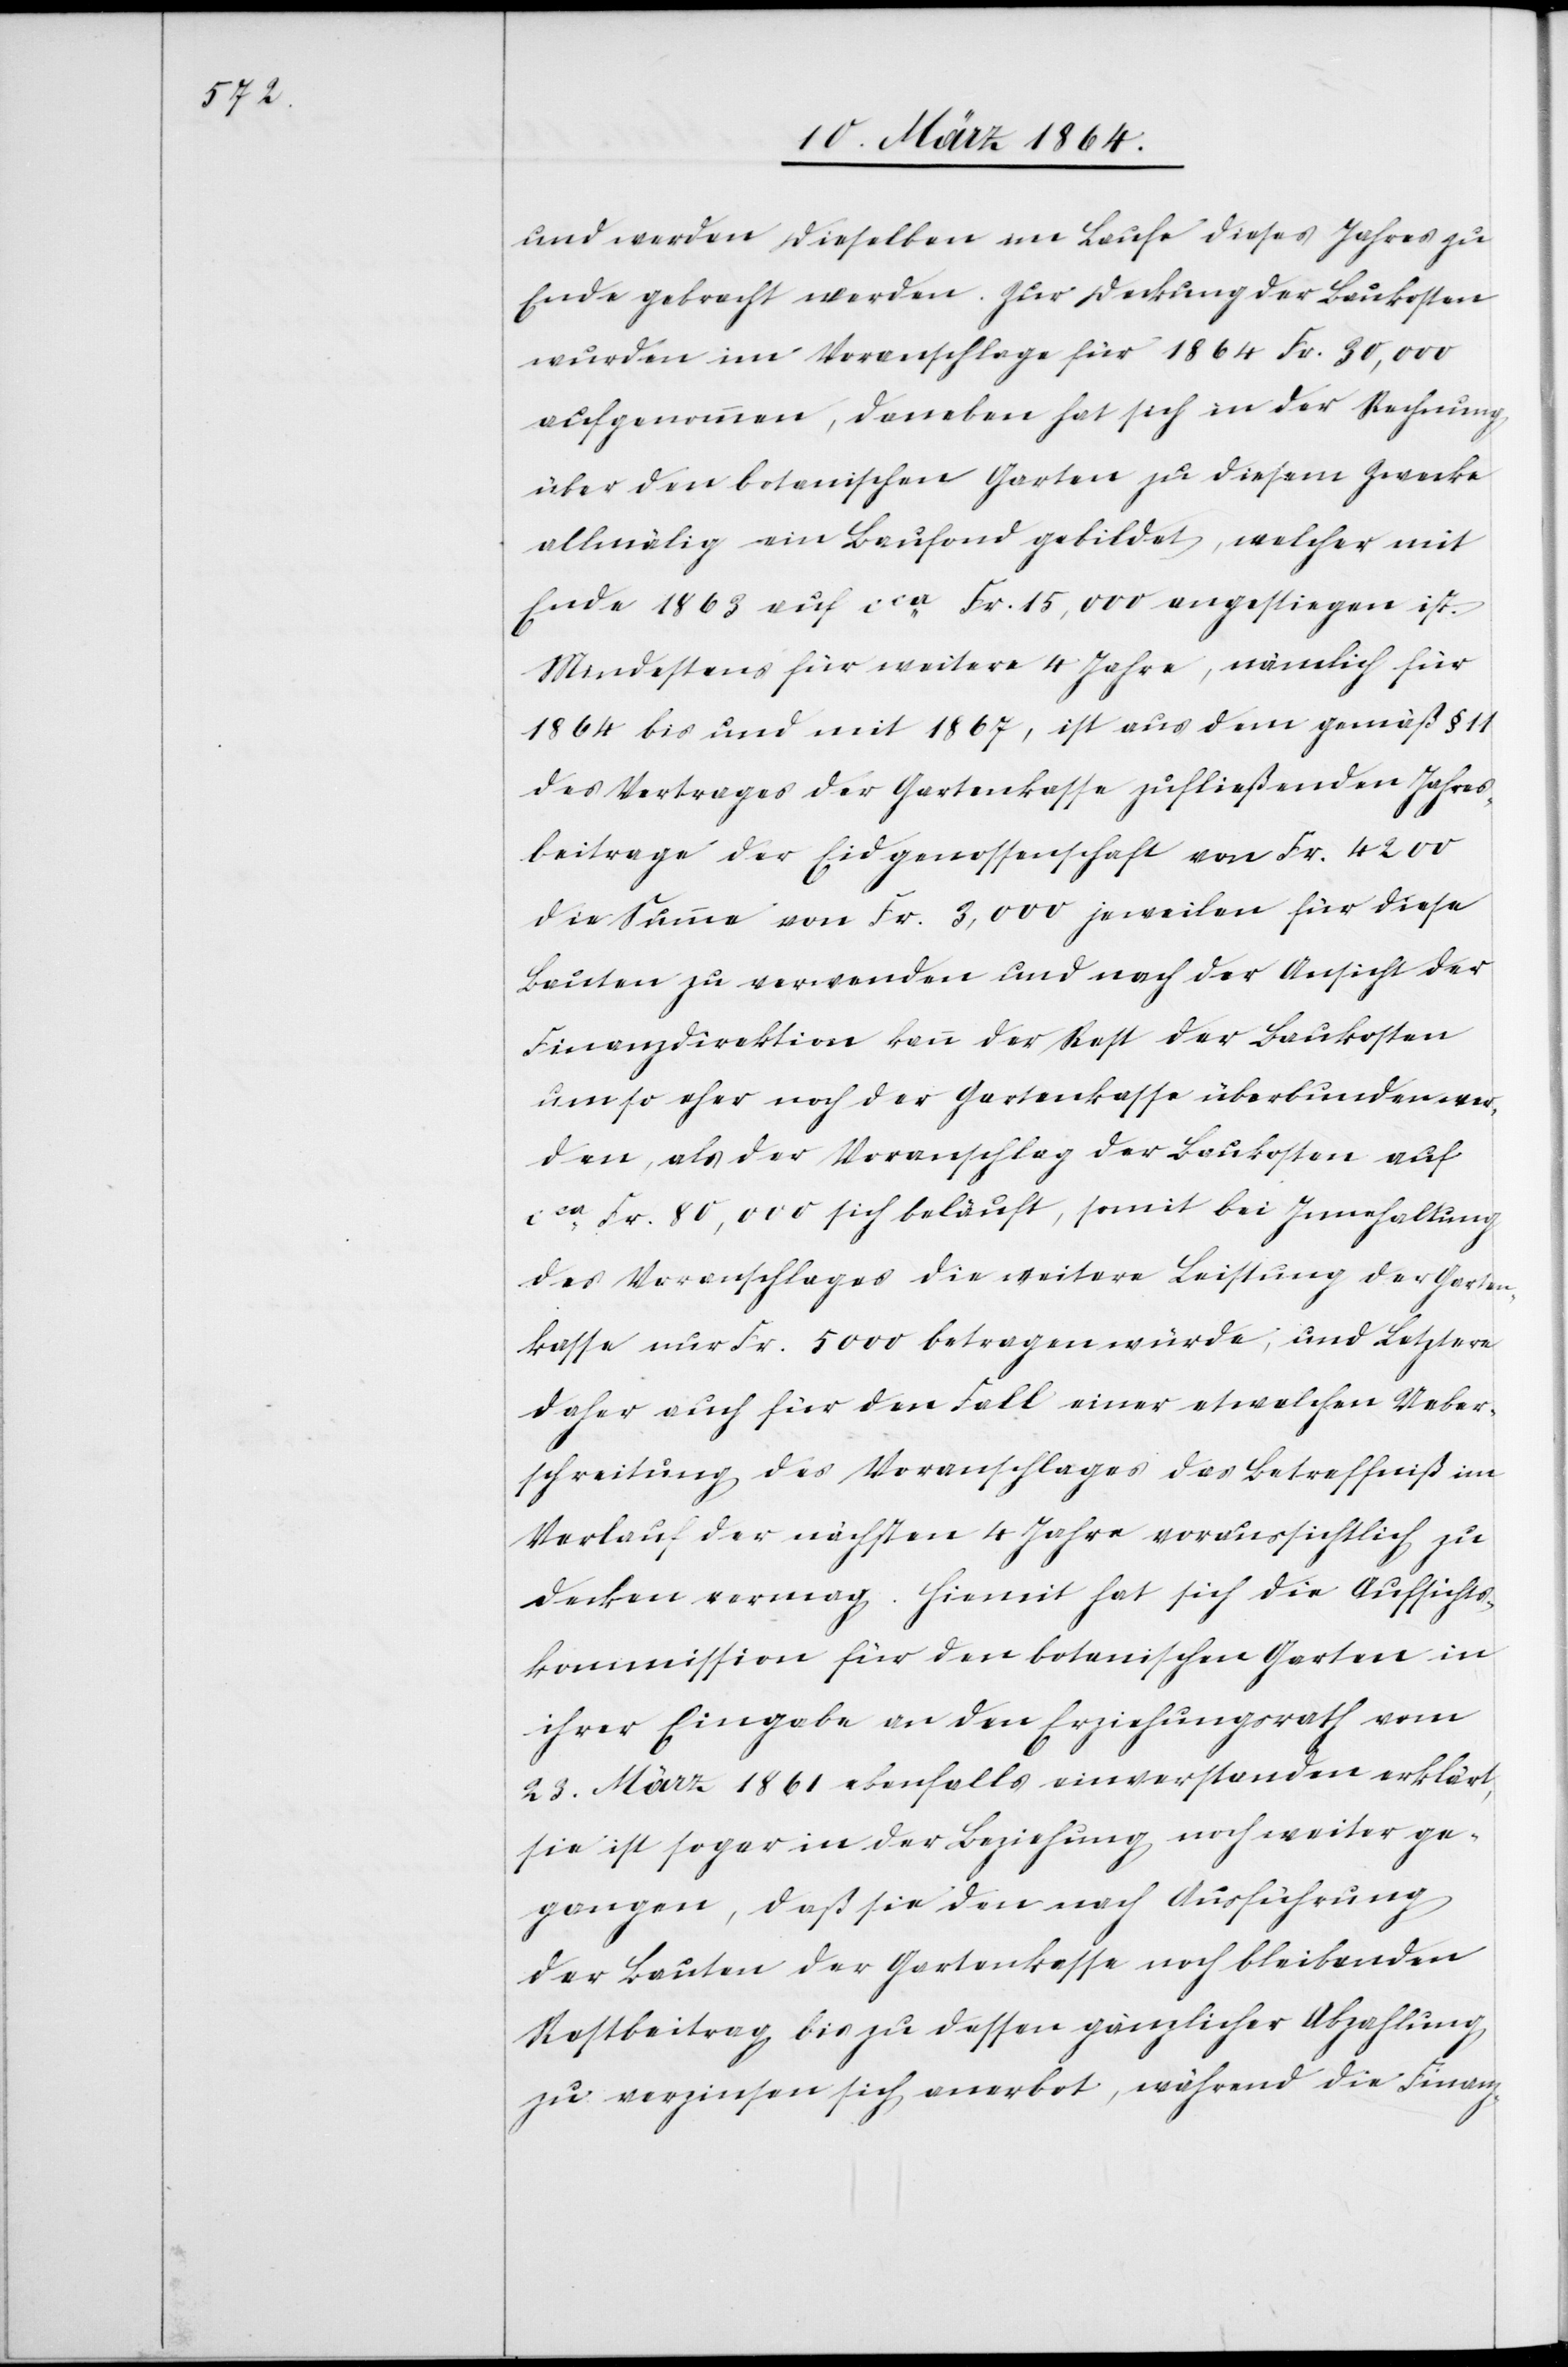
und werden dieselben im Laufe dieses Jahres zu
Ende gebracht werden. Zur Deckung der Baukosten
wurden im Voranschlage für 1864 Fr. 30,000
aufgenommen, daneben hat sich in der Rechnung
über den botanischen Garten zu diesem Zwecke
allmälig ein Baufond gebildet, welcher mit
Ende 1863 auf cca Fr. 15,000 angestiegen ist.
Mindestens für weitere 4 Jahre, nämlich für
1864 bis und mit 1867, ist aus dem gemäß § 11
des Vertrages der Gartenkasse zufließenden Jahres¬
beitrage der Eidgenossenschaft von Fr. 4200
die Summe von Fr. 3,000 jeweilen für diese
Bauten zu verwenden und nach der Ansicht der
Finanzdirektion kann der Rest der Baukosten
umso eher noch der Gartenkasse überbunden wer¬
den, als der Voranschlag der Baukosten auf
cca Fr. 80,000 sich beläuft, somit bei Innehaltung
des Voranschlages die weitere Leistung der Garten¬
kasse nur Fr. 5000 betragen würde, und Letztere
daher auch für den Fall einer etwelchen Ueber¬
schreitung des Voranschlages das Betreffniß im
Verlauf der nächsten 4 Jahre voraussichtlich zu
decken vermag. Hiemit hat sich die Aufsichts¬
kommission für den botanischen Garten in
ihrer Eingabe an den Erziehungsrath vom
23. März 1861 ebenfalls einverstanden erklärt,
sie ist sogar in der Beziehung noch weiter ge¬
gangen, daß sie den nach Ausführung
der Bauten der Gartenkasse noch bleibenden
Restbeitrag bis zu dessen gänzlicher Abzahlung
zu verzinsen sich anerbot, während die Finanz-